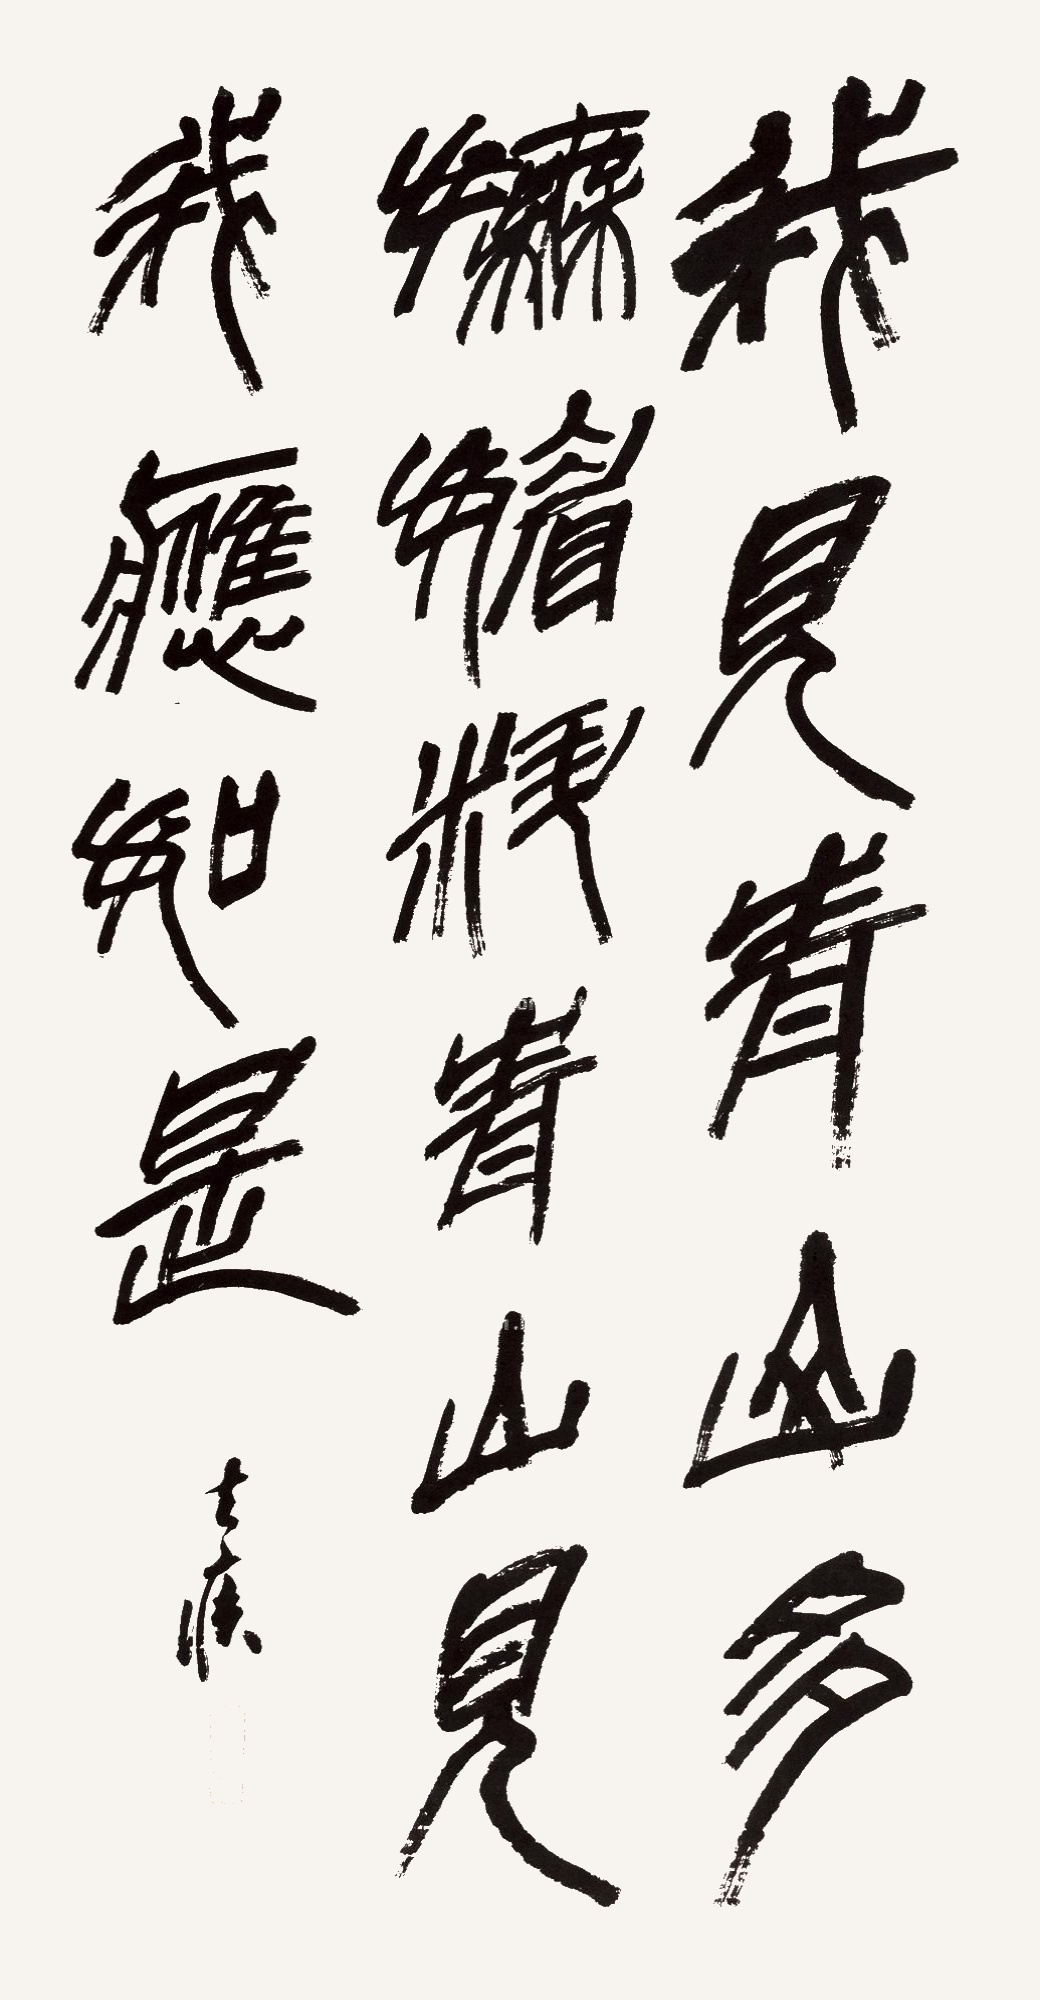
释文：我见青山多妩媚，料青山见我应如是。去疾。